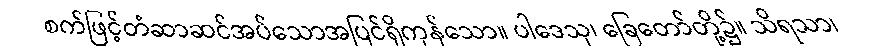
စက်ဖြင့်တံဆာဆင်အပ်သောအပြင်ရှိကုန်သော။ ပါဒေသု၊ ခြေတော်တို့၌။ သိရသာ၊